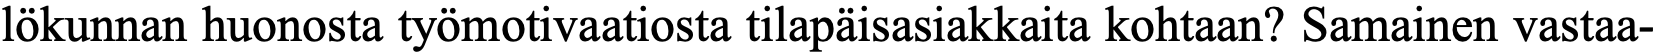
lökunnan huonosta työmotivaatiosta tilapäisasiakkaita kohtaan? Samainen vastaa-